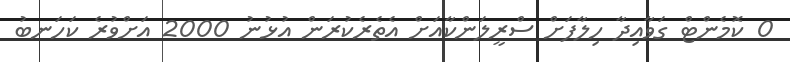
0 ކޮމެންޓް ގަވާއިދާ ހިލާފަށް ސްރީލަންކާއަށް އެތެރެކުރަން އުޅުނު 2000 އަށްވުރެ ކަހަނބު